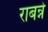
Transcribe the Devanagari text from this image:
राबन्ने